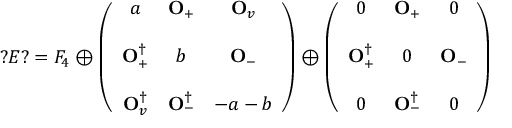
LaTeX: ? E ? = F _ { 4 } \oplus \left( \begin{array} { c c c } { { a } } & { { { \bf O } _ { + } } } & { { { \bf O } _ { v } } } \\ { { } } & { { } } & { { } } \\ { { { \bf O } _ { + } ^ { \dagger } } } & { { b } } & { { { \bf O } _ { - } } } \\ { { } } & { { } } & { { } } \\ { { { \bf O } _ { v } ^ { \dagger } } } & { { { \bf O } _ { - } ^ { \dagger } } } & { { - a - b } } \end{array} \right) \oplus \left( \begin{array} { c c c } { { 0 } } & { { { \bf O } _ { + } } } & { { 0 } } \\ { { } } & { { } } & { { } } \\ { { { \bf O } _ { + } ^ { \dagger } } } & { { 0 } } & { { { \bf O } _ { - } } } \\ { { } } & { { } } & { { } } \\ { { 0 } } & { { { \bf O } _ { - } ^ { \dagger } } } & { { 0 } } \end{array} \right)